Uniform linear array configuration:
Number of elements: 32
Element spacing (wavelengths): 0.25
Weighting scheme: uniform
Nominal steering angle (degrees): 15
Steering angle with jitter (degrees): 14.553
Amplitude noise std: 0.05
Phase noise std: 0.05

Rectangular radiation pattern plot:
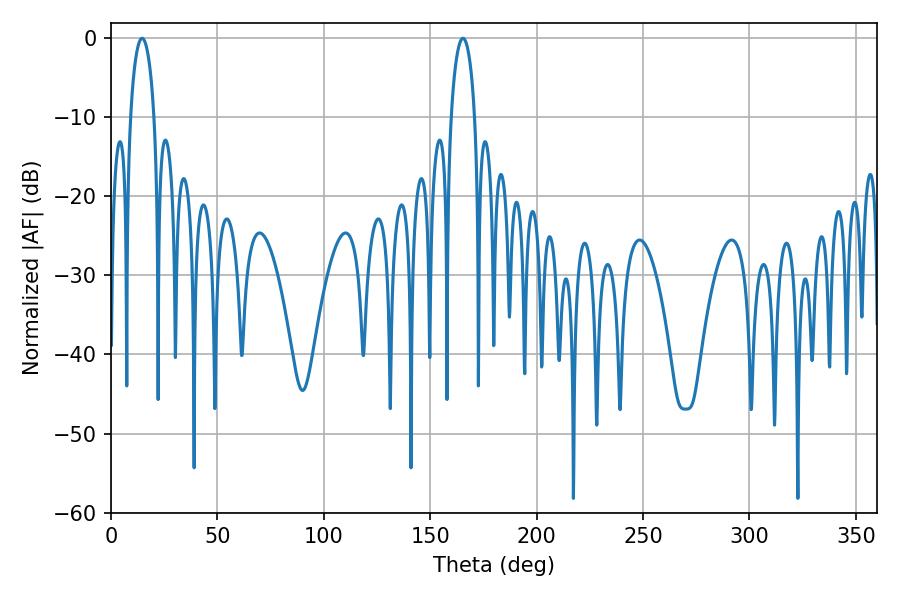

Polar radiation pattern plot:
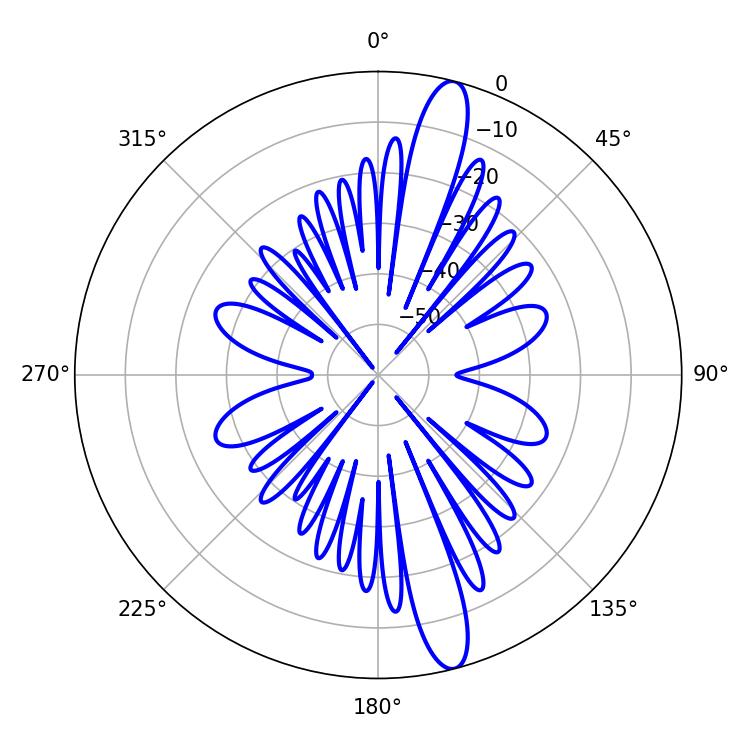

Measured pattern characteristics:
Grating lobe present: FALSE
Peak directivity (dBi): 14.908
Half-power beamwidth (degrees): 6.3
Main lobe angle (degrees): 14.58